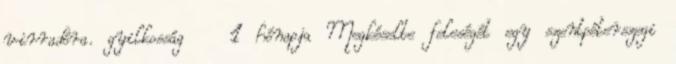
virradóra. gyilkosság 1 hónapja Megkéselte feleségét egy szentpéterszegi